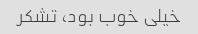
خیلی خوب بود، تشکر